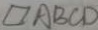
\square A B C D